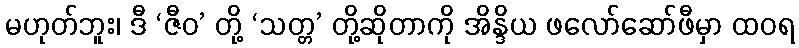
မဟုတ်ဘူး၊ ဒီ ‘ဇီဝ’ တို့ ‘သတ္တ’ တို့ဆိုတာကို အိန္ဒိယ ဖလော်ဆော်ဖီမှာ ထဝရ